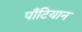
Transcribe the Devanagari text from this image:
पॉँटियान